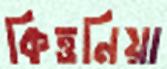
কিত্তনিয়া